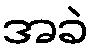
အခဲ